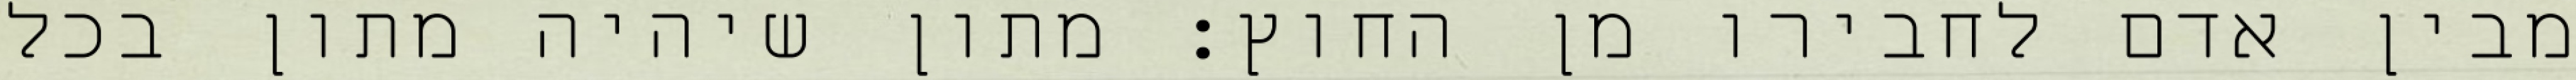
מבין אדם לחבירו מן החוץ: מתון שיהיה מתון בכל